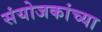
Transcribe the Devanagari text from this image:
संयोजकांच्या